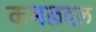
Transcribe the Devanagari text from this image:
कमळदल